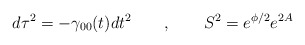
\begin{align*}d\tau^2 = - \gamma_{00}(t) dt^2 \qquad , \qquad S^2 = e^{\phi/2} e^{2A}\end{align*}